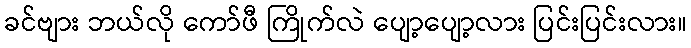
ခင်ဗျား ဘယ်လို ကော်ဖီ ကြိုက်လဲ ပျော့ပျော့လား ပြင်းပြင်းလား။